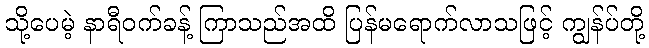
သို့ပေမဲ့ နာရီဝက်ခန့် ကြာသည်အထိ ပြန်မရောက်လာသဖြင့် ကျွန်ပ်တို့